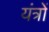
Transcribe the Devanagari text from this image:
यंंत्रों